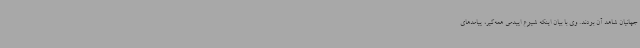
جهانیان شاهد آن بودند. وی با بیان اینکه شیوع اپیدمی همه‌گیر، پیامدهای